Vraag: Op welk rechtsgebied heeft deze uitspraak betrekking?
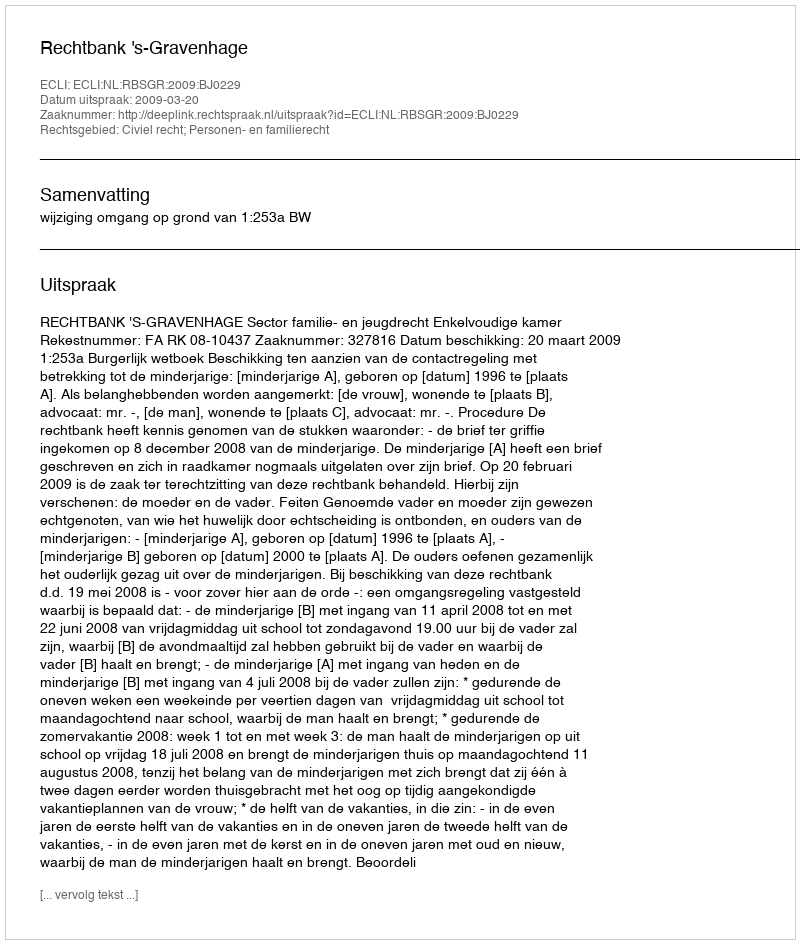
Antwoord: Civiel recht; Personen- en familierecht